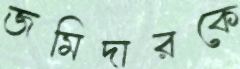
জমিদারকে